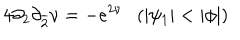
4 \partial _ { 2 } \partial _ { \overline { { { 2 } } } } \nu = - e ^ { 2 \nu } ( | \psi _ { 1 } | < | \phi | )